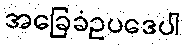
အခြေခံဥပဒေပါ